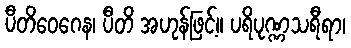
ပီတိဝေဂေန၊ ပီတိ အဟုန်ဖြင့်။ ပရိပုဏ္ဏသရီရာ၊